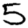
Digit: 5